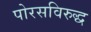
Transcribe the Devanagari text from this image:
पोरसविरुद्ध